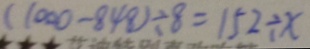
( 1 0 0 0 - 8 4 8 ) \div 8 = 1 5 2 \div x